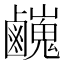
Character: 𪊃